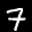
Label: 7